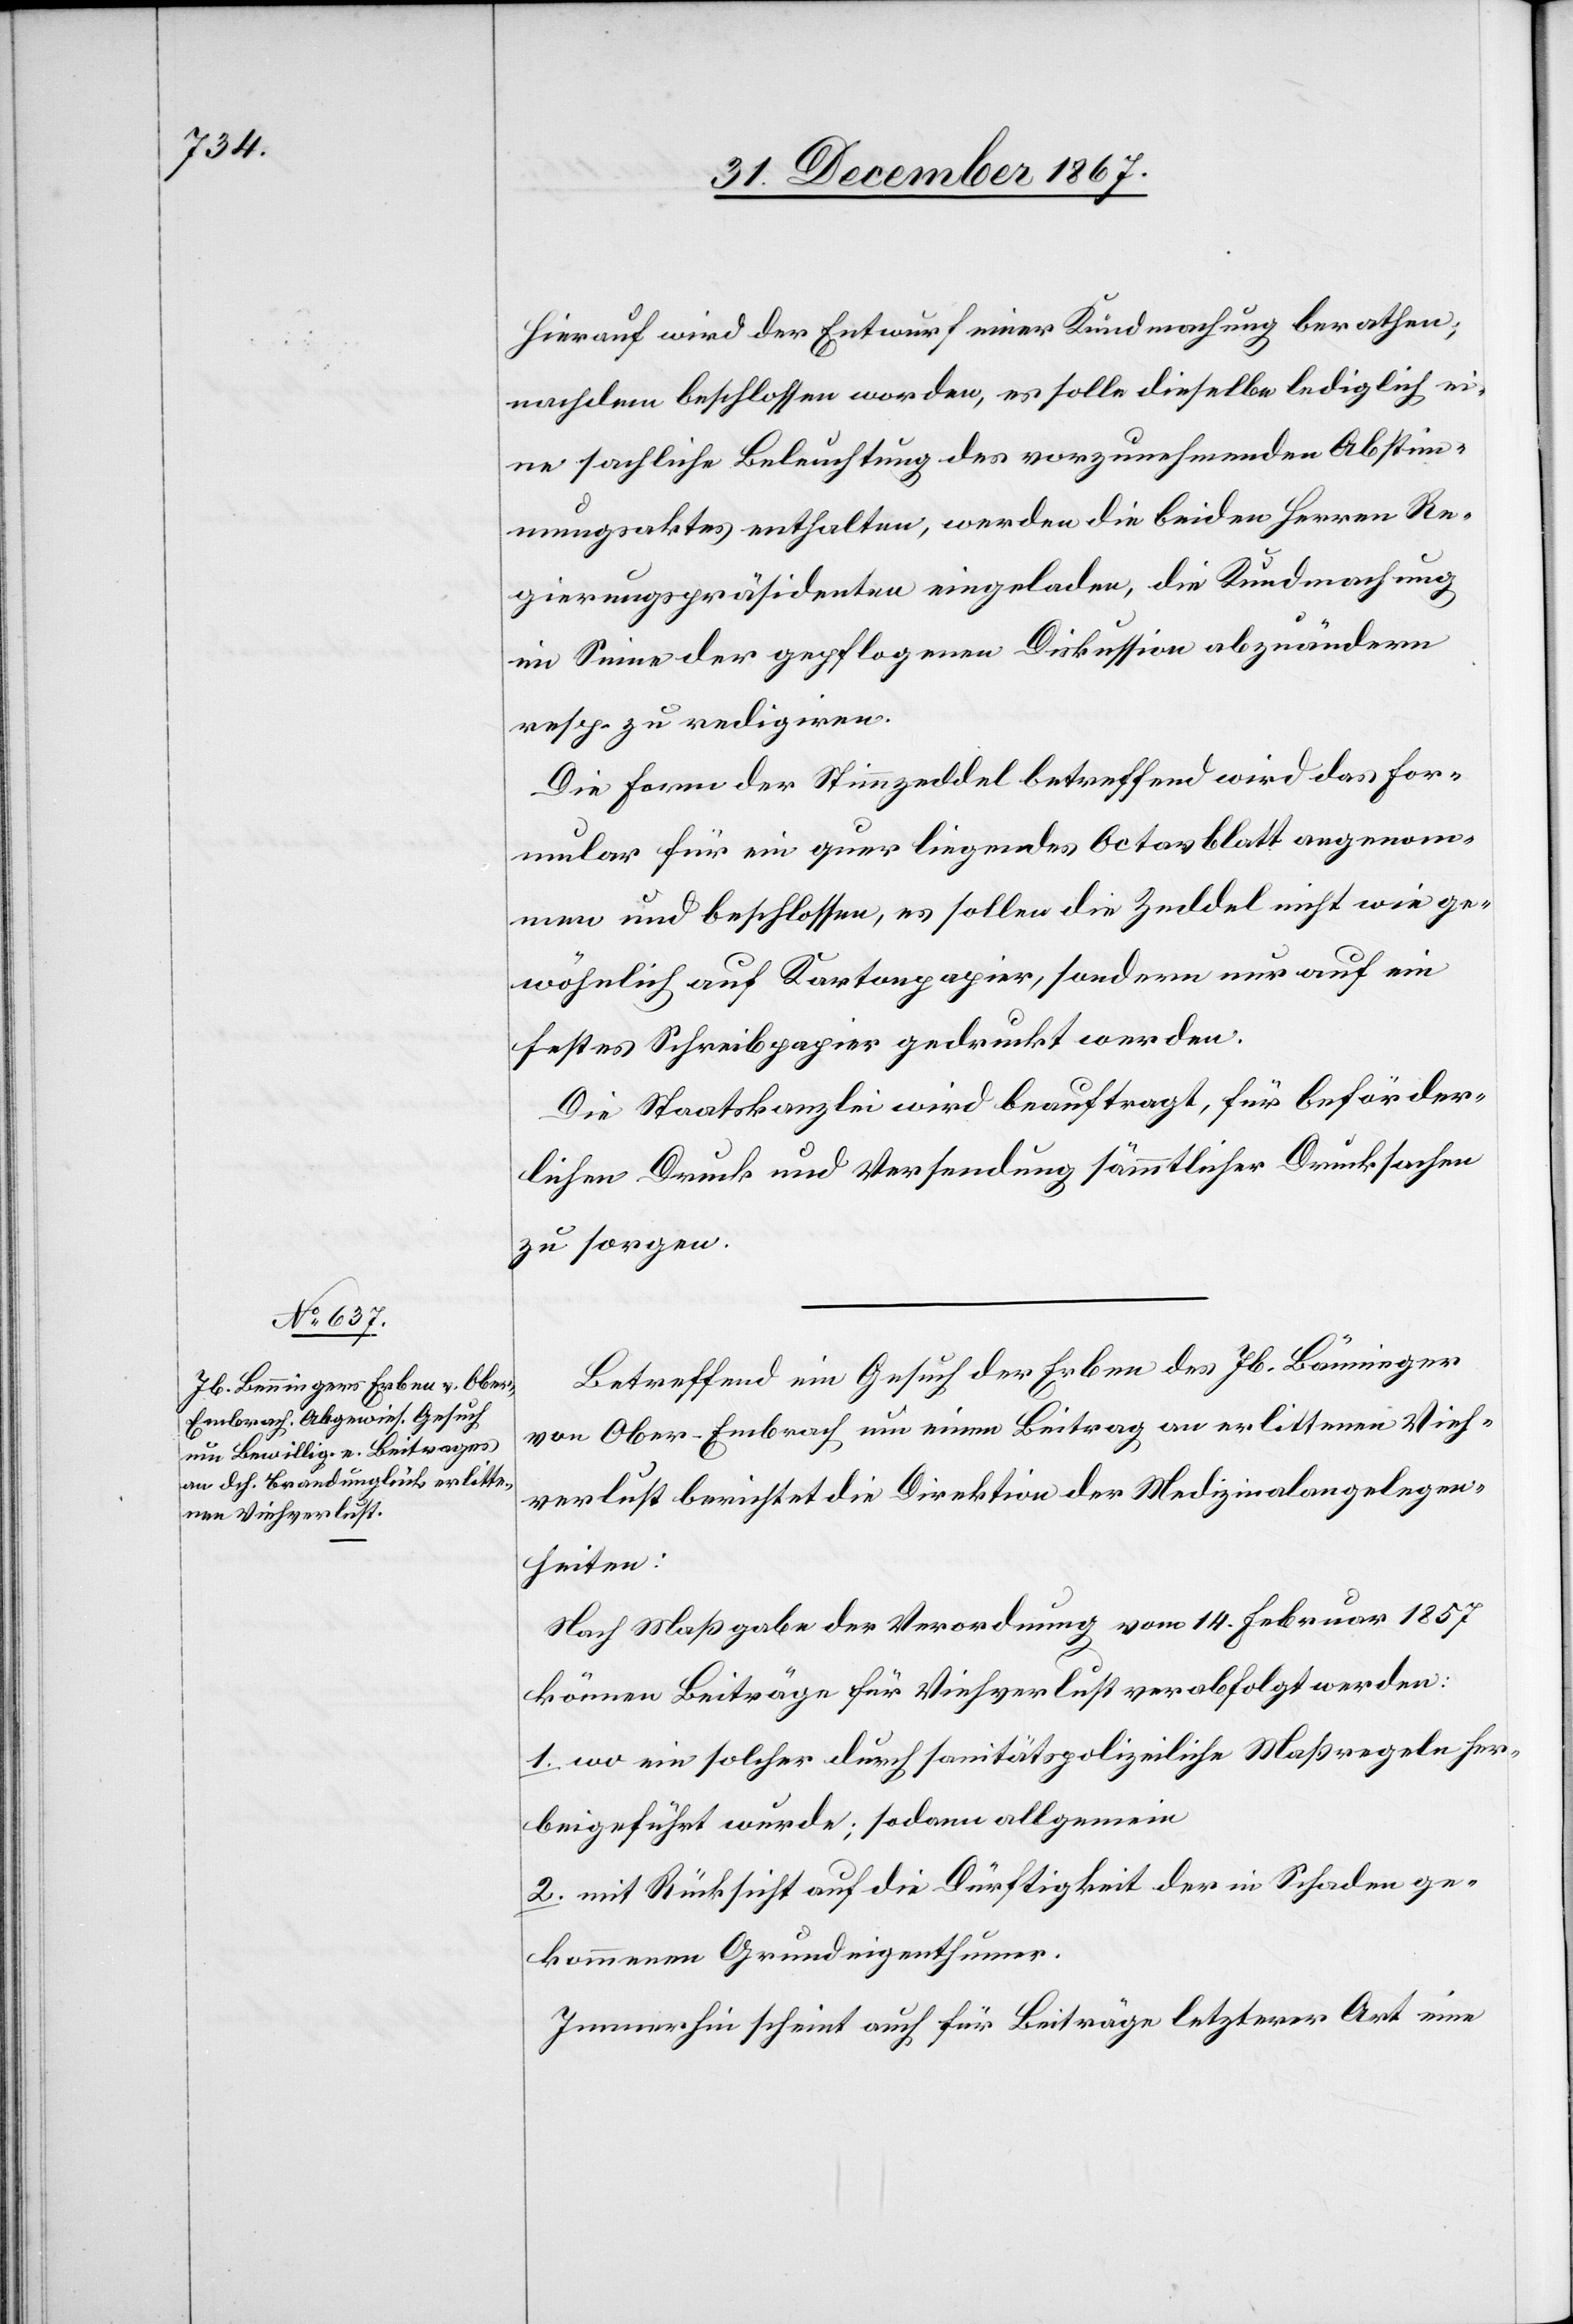
Hierauf wird der Entwurf einer Kundmachung berathen,
nachdem beschlossen worden, es solle dieselbe lediglich ei¬
ne sachliche Beleuchtung des vorzunehmenden Abstim¬
mungsaktes enthalten, werden die beiden Herren Re¬
gierungspräsidenten eingeladen, die Kundmachung
im Sinne der gepflogenen Diskussion abzuändern
resp. zu redigiren.
Die Form der Stimmzeddel betreffend wird das For¬
mular für ein quer liegendes Octavblatt angenom¬
men und beschlossen, es sollen die Zeddel nicht wie ge¬
wöhnlich auf Kartonpapier, sondern nur auf ein
festes Schreibpapier gedruckt werden.
Die Staatskanzlei wird beauftragt, für beförder¬
lichen Druck und Versendung sämmtlicher Drucksachen
zu sorgen.
Betreffend ein Gesuch der Erben des Jb. Bänninger
von Ober-Embrach um einen Beitrag an erlittenen Vieh¬
verlust berichtet die Direktion der Medizinalangelegen¬
heiten:
Nach Maßgabe der Verordnung vom 14. Februar 1857
können Beiträge für Viehverlust verabfolgt werden:
1. wo ein solcher durch sanitätspolizeiliche Maßregeln her¬
beigeführt wurde; sodann allgemein
2. mit Rücksicht auf die Dürftigkeit der in Schaden ge¬
kommenen Grundeignethumer.
Immerhin scheint auch für Beiträge letzterer Art eine